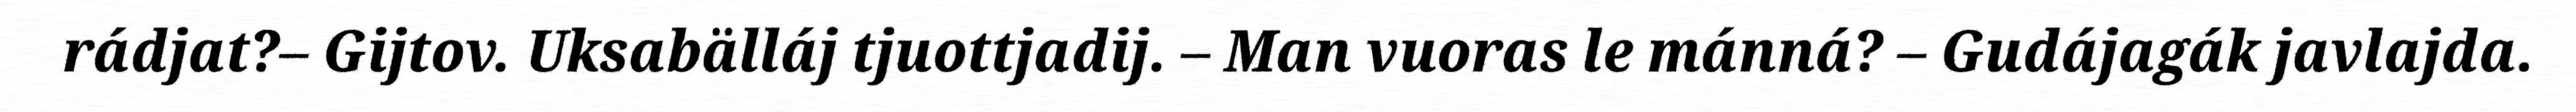
rádjat?– Gijtov. Uksabälláj tjuottjadij. – Man vuoras le mánná? – Gudájagák javlajda.